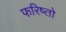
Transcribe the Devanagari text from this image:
फरिष्तो